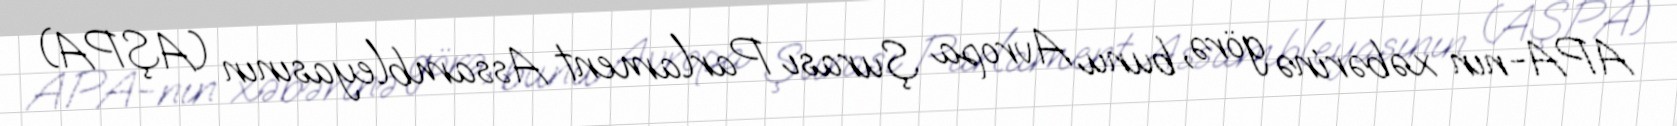
APA-nın xəbərinə görə, bunu Avropa Şurası Parlament Assambleyasının (AŞPA)